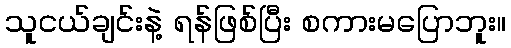
သူငယ်ချင်းနဲ့ ရန်ဖြစ်ပြီး စကားမပြောဘူး။